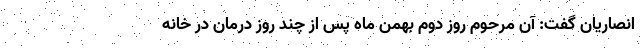
انصاریان گفت: آن مرحوم روز دوم بهمن ماه پس از چند روز درمان در خانه